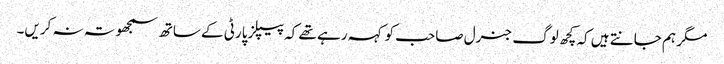
مگر ہم جانتے ہیں کہ کچھ لوگ جنرل صاحب کو کہہ رہے تھے کہ پیپلز پارٹی کے ساتھ سمجھوتہ نہ کریں۔